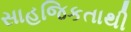
સાહજિકતાથી